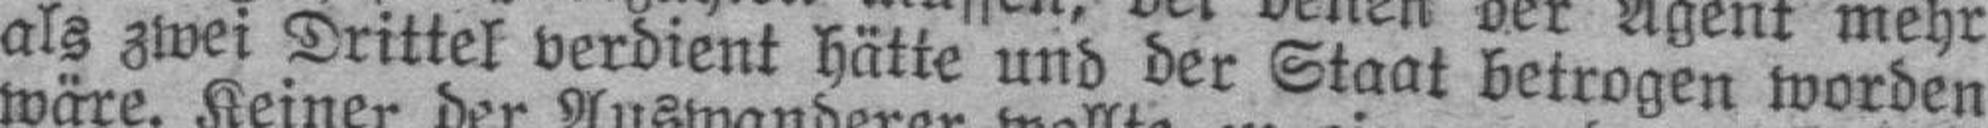
als zwei Drittel verdient hätte und der Staat betrogen worden